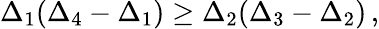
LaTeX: \Delta_{1}(\Delta_{4}-\Delta_{1})\ge\Delta_{2}(\Delta_{3}-\Delta_{2})\, ,